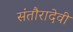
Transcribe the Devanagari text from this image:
संतौरादेवी